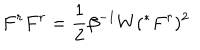
F ^ { r } F ^ { r } = \frac { 1 } { 2 } \beta ^ { - 1 } W ( ^ { * } F ^ { r } ) ^ { 2 }